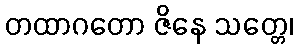
တထာဂတော ဇိနေ သတ္တေ၊